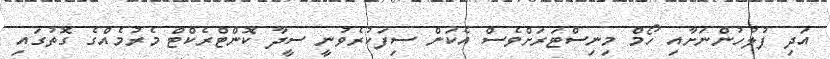
އަދި ފުލުހުންނަށާއި ހޯމް މިނިސްޓަރަށްވެސް އެކަން ސިފަކުރެވުނީ ސީދާ ކޮންޓްރެކްޓް މެރުމެއްގެ ގޮތުގައި